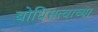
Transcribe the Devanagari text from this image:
बोधिसत्त्वाच्या